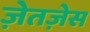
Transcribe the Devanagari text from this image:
ज़ेतज़ेस